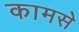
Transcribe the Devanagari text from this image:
कामसे